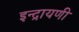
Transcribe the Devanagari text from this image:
इन्द्रायणी